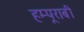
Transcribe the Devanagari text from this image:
हम्पूराबी